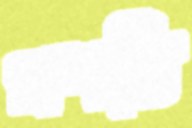
প্রশস্তি